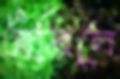
অমিলে